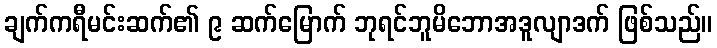
ချက်ကရီမင်းဆက်၏ ၉ ဆက်မြောက် ဘုရင်ဘူမိဘောအဒူလျာဒက် ဖြစ်သည်။